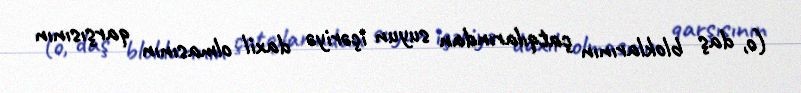
(o, daş bloklarının çatqılarından suyun içəriyə daxil olmasının qarşısının